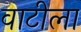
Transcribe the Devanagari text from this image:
वाटीला